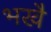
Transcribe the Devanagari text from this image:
भखै